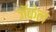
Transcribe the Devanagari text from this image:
जॅकेल